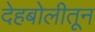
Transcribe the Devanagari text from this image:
देहबोलीतून